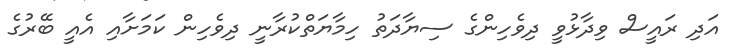
އަދި ރައީސް ވިދާޅުވީ ދިވެހިންގެ ސިޔާދަތު ހިމާޔަތްކުރާނީ ދިވެހިން ކަމަށާއި އެއީ ބޭރުގެ